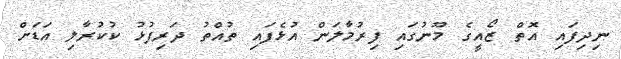
ނިދިފައި އޮތް ޒޯއީގެ މޫނުގައި ފިރުމާލަން އުޅެފައި ތުއްތު ދަރިފުޅު ކުކުރާލި އަޑަށް